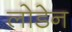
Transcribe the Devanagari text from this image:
लोडेन